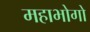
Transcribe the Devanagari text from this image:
महाभोगो